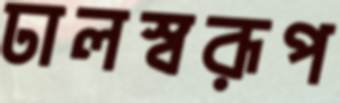
ঢালস্বরূপ